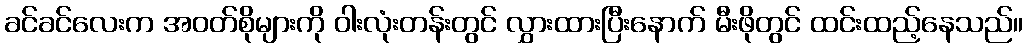
ခင်ခင်လေးက အဝတ်စိုများကို ဝါးလုံးတန်းတွင် လွှားထားပြီးနောက် မီးဖိုတွင် ထင်းထည့်နေသည်။